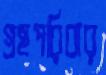
গ্রহপরিবার